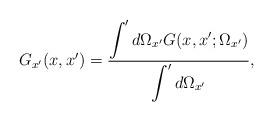
LaTeX: \begin{align*}G_{x'}(x,x')=\frac{ \displaystyle\int'd\Omega_{x'} G(x,x';\Omega_{x'}) }{ \displaystyle\int'd\Omega_{x'}} ,\end{align*}